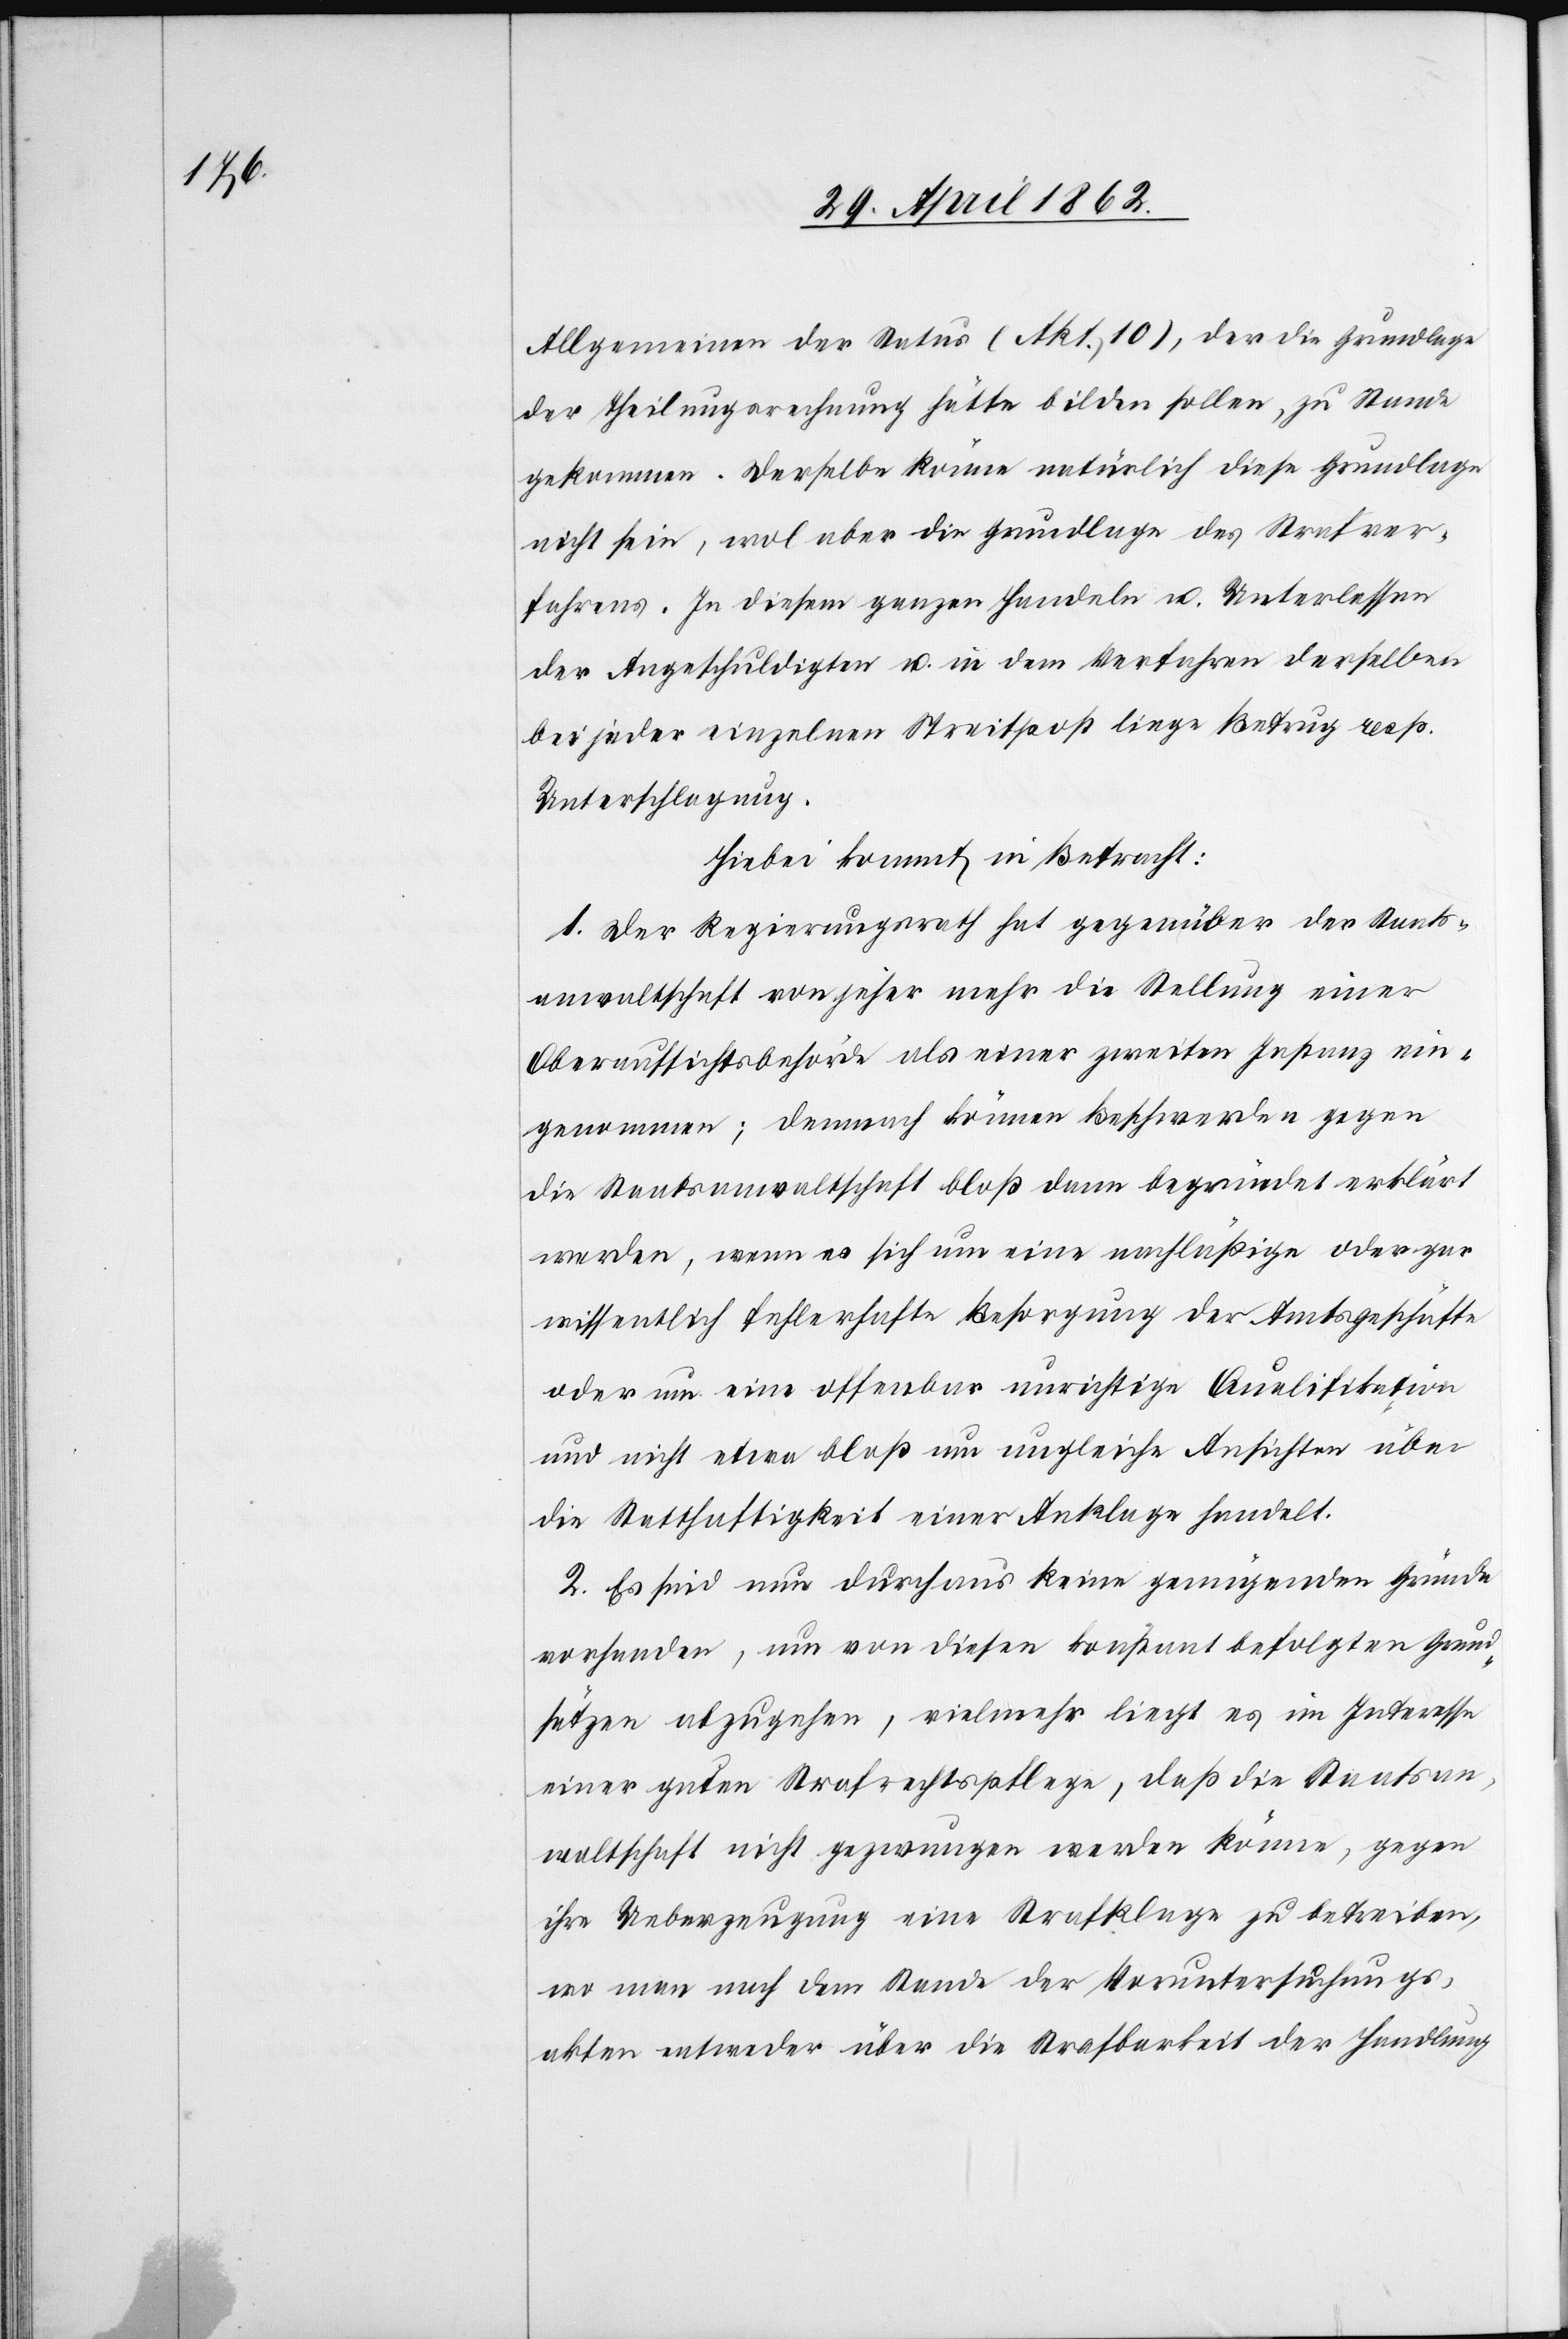
Allgemeinen der Status (Akt. 10), der die Grundlage
der Theilungsrechnung hätte bilden sollen, zu Stande
gekommen. Derselbe könne natürlich diese Grundlage
nicht sein, wol aber die Grundlage des Strafver¬
fahrens. In diesem Ganzen Handeln u. Unterlassen
der Angeschuldigten u. in dem Verfahren derselben
bei jeder einzelnen Streitpost liege Betrug resp.
Unterschlagung.
Hiebei kommt in Betracht:
1. Der Regierungsrath hat gegenüber der Staats¬
anwaltschaft von jeher mehr die Stellung einer
Oberaufsichtsbehörde als einer zweiten Instanz ein¬
genommen; demnach können Beschwerden gegen
die Staatsanwaltschaft bloß dann begründet erklärt
werden, wenn es sich um eine nachläßige oder gar
wissentlich fehlerhafte Besorgung der Amtsgeschäfte
oder um eine offenbar unrichtige Qualifikation
und nicht etwa bloß um ungleiche Ansichten über
die Statthaftigkeit einer Anklage handelt.
2. Es sind nun durchaus keine genügenden Gründe
vorhanden, um von diesen konstant erfolgten Grund¬
sätzen abzugehen, vielmehr liegt es im Interesse
einer guten Strafrechtspflege, daß die Staatsan¬
waltschaft nicht gezwungen werden könne, gegen
ihre Ueberzeugung eine Strafklage zu betreiben,
wo man nach dem Stande der Voruntersuchungs¬
akten entweder über die Strafbarkeit der Handlung